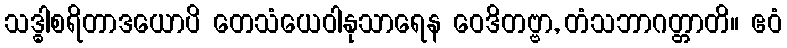
သဒ္ဓါစရိတာဒယောပိ တေသံယေဝါနုသာရေန ဝေဒိတဗ္ဗာ, တံသဘာဂတ္တာတိ။ ဧဝံ